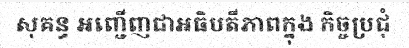
សុគន្ធ អញ្ជើញជាអធិបតីភាពក្នុង កិច្ចប្រជុំ